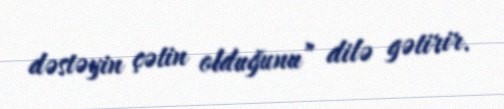
dəstəyin çətin olduğunu” dilə gətirir.